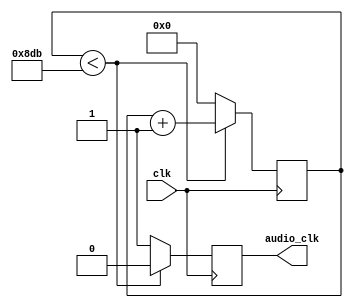
`timescale 1ns / 1ps
//////////////////////////////////////////////////////////////////////////////////
// Company: 
// Engineer: 
// 
// Design Name: 
// Module Name: AudioClock
// Project Name: 
// Target Devices: 
// Tool Versions: 
// Description: 
//  The implementation of the audio clock device. See Figure 4.14
// Dependencies: 
// 
// Revision:
// Revision 0.01 - File Created
// Additional Comments:
// 
//////////////////////////////////////////////////////////////////////////////////


module AudioClock(
    input clk,
    output reg audio_clk
    );
    
    reg [9:0] count;
    
    /*
    To figure out the counter value, take the input clock frequency (100 MHz ,
    in this case) and divide it by the desired frequency (44.1 KHz in this case). 
    The value (hereafter referred to as C) resulting from that computation will give you 
    the number of clock cycles for which the audio signal must be LOW, and when the
    counter reaches the value of C, then set the audio signal to HIGH, and reset the
    counter back to 0.
    */
    always @(posedge clk)
        begin
            if (count < 2267)
            begin
                count <= count + 1;
                audio_clk <= 0;
            end
            
            else begin
                audio_clk <= 1;
                count <= 0;
            end
        end
    
endmodule